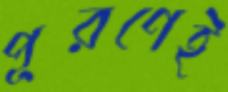
পূরণেই